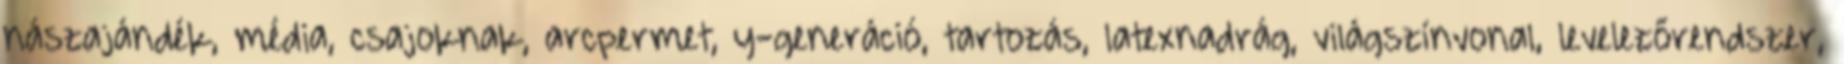
nászajándék, média, csajoknak, arcpermet, y-generáció, tartozás, latexnadrág, világszínvonal, levelezőrendszer,